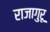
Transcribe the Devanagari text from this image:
राजागुरू